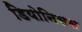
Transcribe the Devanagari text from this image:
डियोनिसस